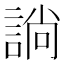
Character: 𧩡